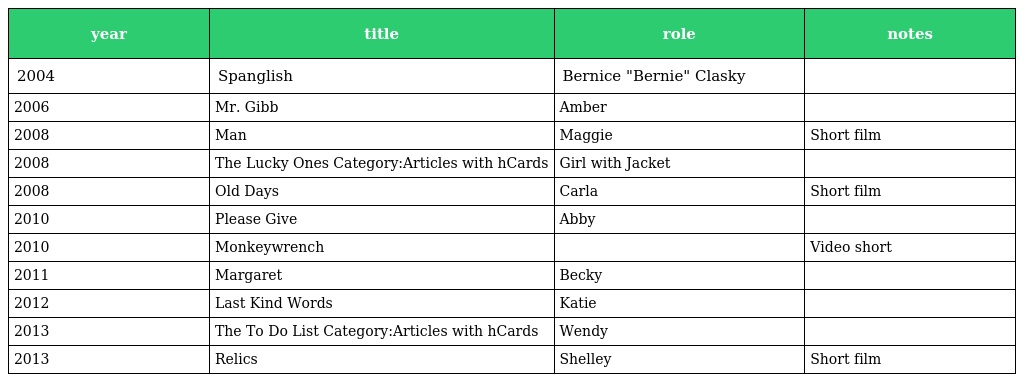
| year | title | role | notes |
 | --- | --- | --- | --- |
 | 2004 | Spanglish | Bernice "Bernie" Clasky |  |
 | 2006 | Mr. Gibb | Amber |  |
 | 2008 | Man | Maggie | Short film |
 | 2008 | The Lucky Ones Category:Articles with hCards | Girl with Jacket |  |
 | 2008 | Old Days | Carla | Short film |
 | 2010 | Please Give | Abby |  |
 | 2010 | Monkeywrench |  | Video short |
 | 2011 | Margaret | Becky |  |
 | 2012 | Last Kind Words | Katie |  |
 | 2013 | The To Do List Category:Articles with hCards | Wendy |  |
 | 2013 | Relics | Shelley | Short film |